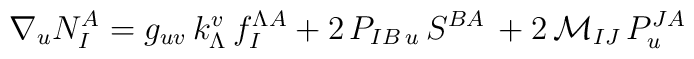
\nabla_u N_I^A = g_{uv} \,k^v_{\Lambda}\,f^{\Lambda A}_I + 2\, P_{I B\,u}\,S^{BA}\,+2\, {\mathcal {M}}_{IJ} \,P^{J A}_u